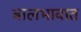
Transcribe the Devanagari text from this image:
बालभावात